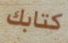
كتابك